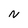
Character: N